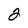
Character: 2